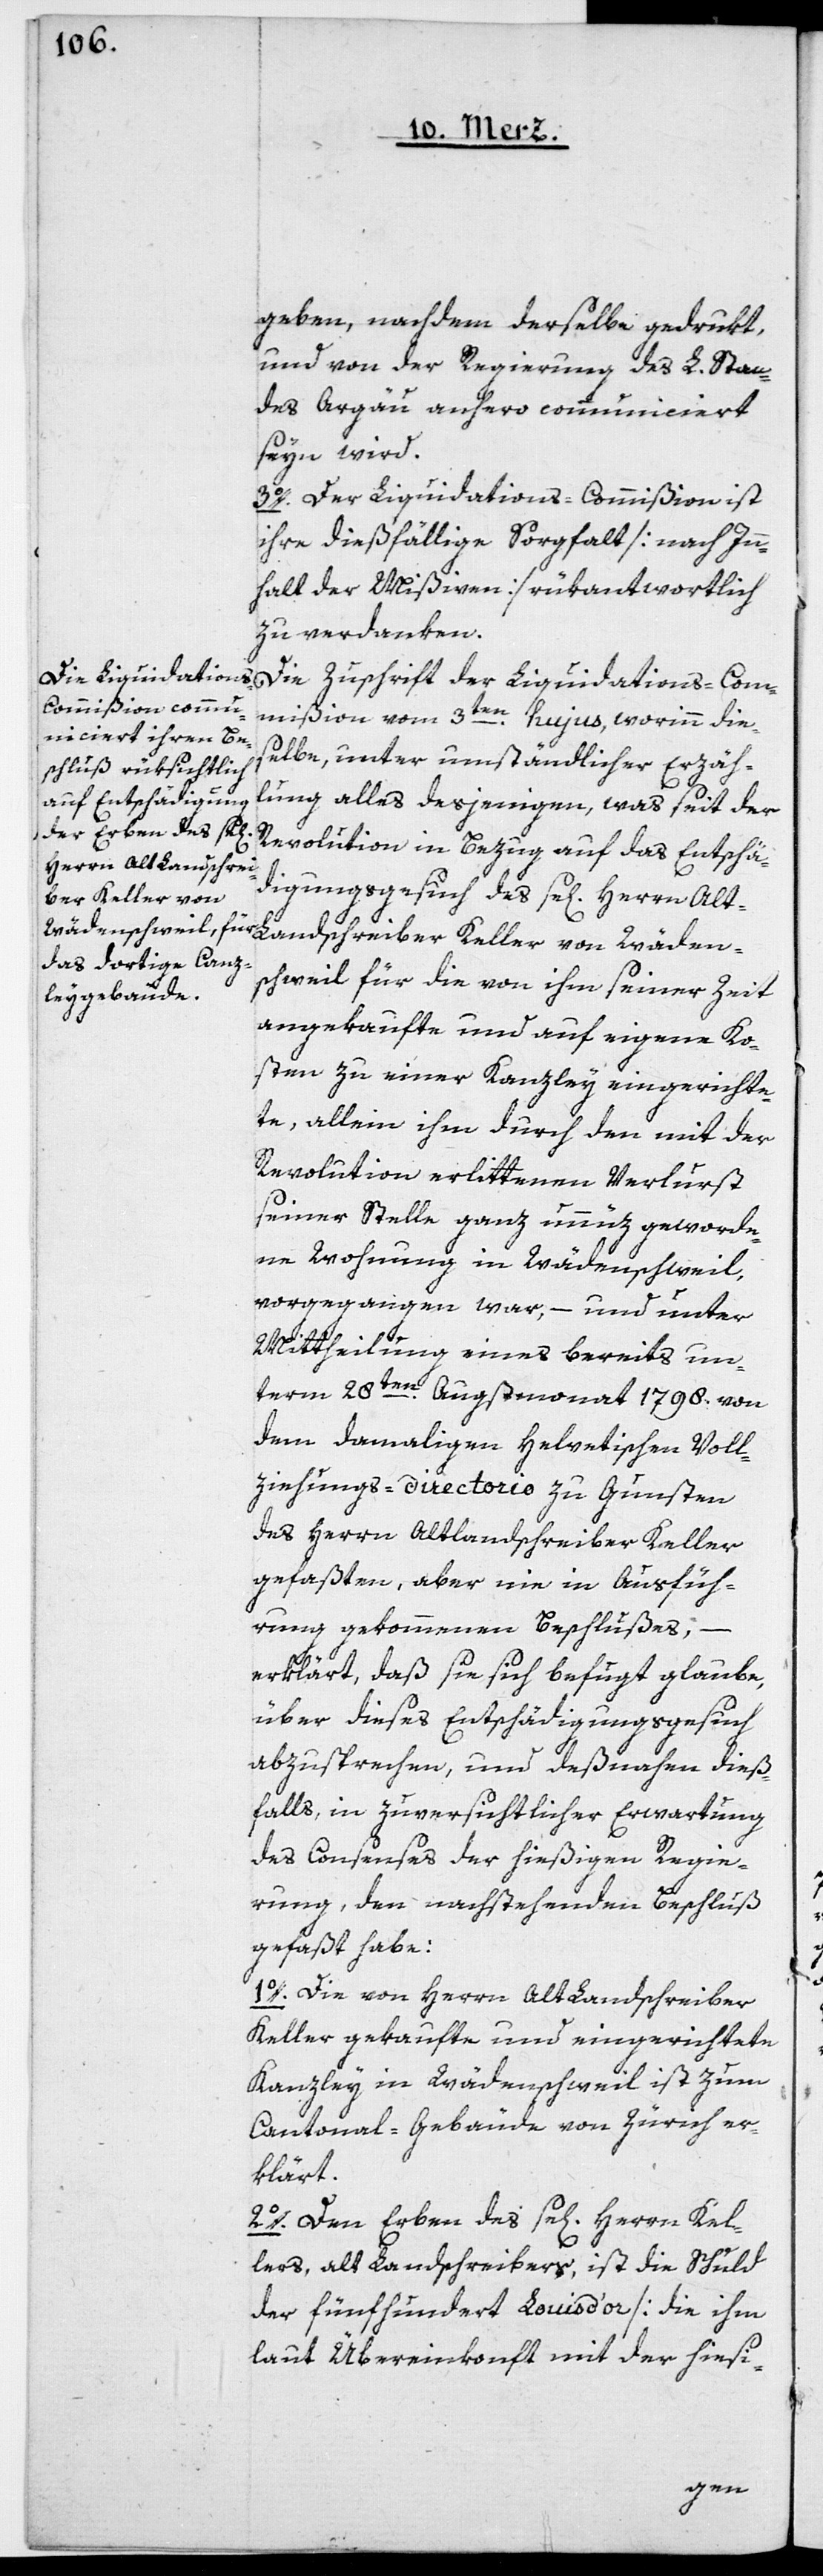
geben, nachdem derselbe gedrukt
und von der Regierung des L. Stan¬
des Argäu anhero communiciert
seyn wird.
Die Zuschrift der Liquidations-Com¬
mißion vom 3ten hujus, worinn die¬
selbe, unter umständlicher Erzäh¬
lung alles desjenigen, was seit der
Revolution in Bezug auf das Entschä¬
digungsgesuch des se[ligen] Herrn Al¬
t-Landschreiber Keller von Wäden¬
schweil für die von ihm seiner Zeit
angekaufte und auf eigene Ko¬
sten zu einer Kanzley eingerichte¬
te, allein ihm durch den mit der
Revolution erlittenen Verlust
seiner Stelle ganz unnüz geworde¬
ne Wohnung in Wädenschweil,
vorgegangen war, – und unter
Mittheilung eines bereits un¬
term 28ten Augstmonat 1798. von
dem damaligen Helvetischen Voll¬
ziehungs-Directorio zu Gunsten
des Herrn Altlandschreiber Keller
gefaßten, aber nie in Ausfüh¬
rung gekommenen Beschlußes,
erklärt, daß sie sich befugt glaube,
über dieses Entschädigungsgesuch
abzusprechen, und deßnahen dieß¬
falls, in zuversichtlicher Erwartung
des Consenses der hießigen Regie¬
rung, den nachstehenden Beschluß
gefaßt habe:
1o. Die von Herrn Alt Landschreiber
Keller gekaufte und eingerichtete
Kanzley in Wädenschweil ist zum
Cantonal-Gebäude von Zürich er¬
klärt.
2o. Den Erben des se[ligen] Herrn Kel¬
lers, alt Landschreibers, ist die Schuld
der fünfhundert Louis d’or [die ihm
laut Übereinkonft mit der hiesi-